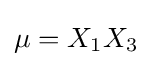
{\textstyle \mu =X_{1}X_{3}}